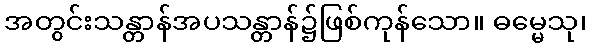
အတွင်းသန္တာန်အပသန္တာန်၌ဖြစ်ကုန်သော။ ဓမ္မေသု၊